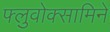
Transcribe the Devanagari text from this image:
फ्लुवोक्सामिने